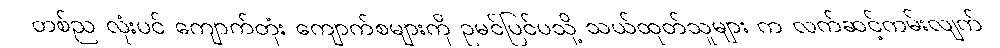
တစ်ည လုံးပင် ကျောက်တုံး ကျောက်စများကို ဥမင်ပြင်ပသို့ သယ်ထုတ်သူများ က လက်ဆင့်ကမ်းလျက်